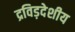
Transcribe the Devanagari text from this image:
द्रविड़देशीय